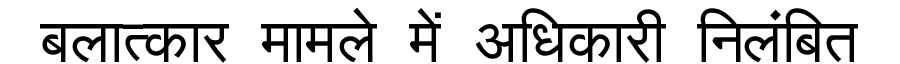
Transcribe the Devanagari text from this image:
बलात्कार मामले में अधिकारी निलंबित